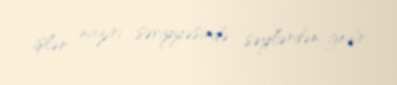
işlər naziri səviyyəsində səylərdən gedir.